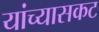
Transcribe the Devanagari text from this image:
यांच्यासकट